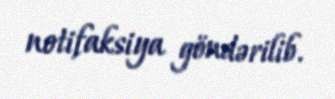
notifaksiya göndərilib.